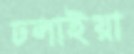
ঢলাইয়া